Civil Veterinary Dept. Bombay admin report 1893-99 - 1893-1899
Year: 1893
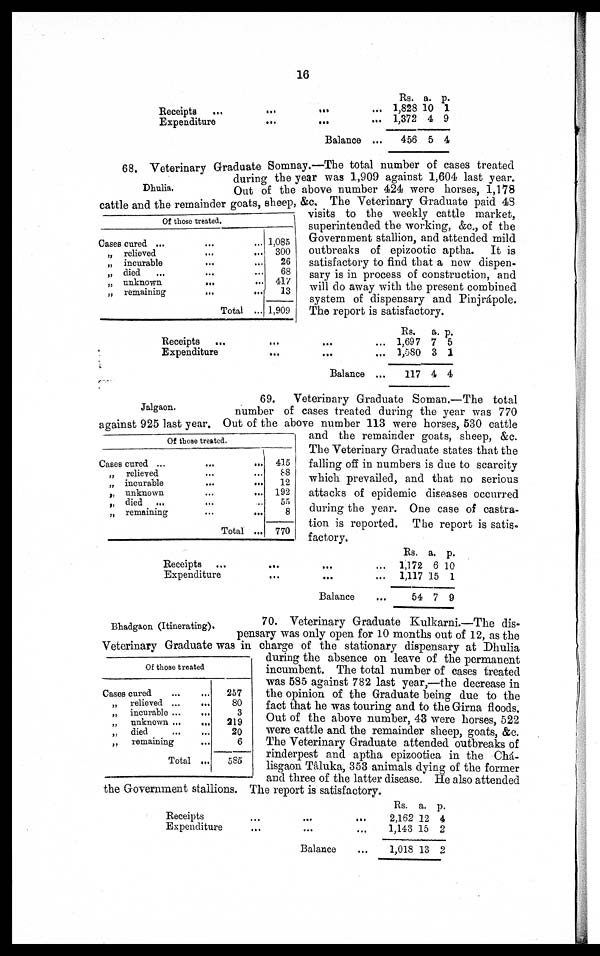
16
Receipts ... ... ...
Expenditure ... ... ... ...
Balance ...
Rs.
1,828
1,372
456
a.
10
4
5
p.
1
9
4
Dhulia.
Of those treated.
Cases cured ... ... ...
„ relieved
...
...
„ incurable
...
...
„ died
...
...
...
„ unknown
...
...
„ remaining
...
...
Total ...
1,085
300
26
68
417
13
1,909
68. Veterinary Graduate Somnay.—The total number of cases treated
during the year was 1,909 against 1,604 last year.
Out of the above number 424 were horses, 1,178
cattle and the remainder goats, sheep, &c. The Veterinary Graduate paid 48
visits to the weekly cattle market,
superintended the working, &c., of the
Government stallion, and attended mild
outbreaks of epizootic aptha. It is
satisfactory to find that a new dispen-
sary is in process of construction, and
will do away with the present combined
system of dispensary and Pinjrápole.
The report is satisfactory.
Receipts
...
...
...
...
Expenditure...
...
...
Balance ...
Rs.
1,697
1,580
117
a.
7
3
4
p.
5
1
4
Jalgaon.
Of thou treated.
Cases cured ...
...
„ relieved
...
...
„ incurable
...
...
„ unknown
...
...
„ died ...
...
...
„ remaining
...
...
Total...
415
88
12
192
55
8
770
69. Veterinary Graduate Soman.—The total
number of cases treated during the year was 770
against 925 last year. Out of the above number 113 were horses, 530 cattle
and the remainder goats, sheep, &c.
The Veterinary Graduate states that the
falling off in numbers is due to scarcity
which prevailed, and that no serious
attacks of epidemic diseases occurred
during the year. One case of castra-
tion is reported. The report is satis-
factory.
Receipts...
... ...
Expenditure
...
... ...
Balance
Rs.
1,172
1,117
54
a.
6
15
7
p.
10
1
9
Bhadgaon (Itinerating).
Of those treated
Cases cured ... ...
„ relieved ...
...
„ incurable ... ...
„ unknown ...
...
„ died
...
...
„ remaining ...
Total ...
257
80
3
319
20
6
585
70. Veterinary Graduate Kulkarni.—The dis-
pensary was only open for 10 months out of 12, as the
Veterinary Graduate was in charge of the stationary dispensary at Dhulia
during the absence on leave of the permanent
incumbent. The total number of cases treated
was 585 against 782 last year,—the decrease in
the opinion of the Graduate being due to the
fact that he was touring and to the Girna floods.
Out of the above number, 43 were horses, 522
were cattle and the remainder sheep, goats, &c.
The Veterinary Graduate attended outbreaks of
rinderpest and aptha epizootiza in the Chá-
lisgaon Tâluka, 353 animals dying of the former
and three of the latter disease. He also attended
the Government stallions. The report is satisfactory.
Receipts
...
...
...
Expenditure
...
... ...
Balance ...
Rs.
2,162
1,143
1,018
a.
12
15
13
p.
4
2
2